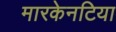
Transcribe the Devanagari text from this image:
मारकेनटिया